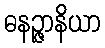
ဓနဉ္ဇာနိယာ